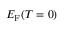
E _ { \mathrm { { F } } } ( T = 0 )